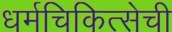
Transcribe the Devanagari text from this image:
धर्मचिकित्सेची